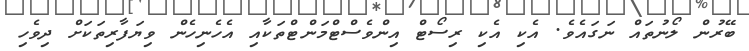
ބޭރުން ލޯނުތައް ނަގައެވެ. އެކި އެކި ރިސޯޓް އިންވެސްޓްމަންޓްތަކާއި އެހެނިހެން ވިޔަފާރިތަކަށް ދިވެހި